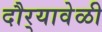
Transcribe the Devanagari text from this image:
दौर्‍यावेळी